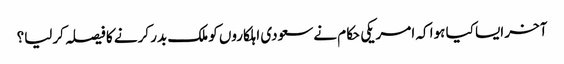
آخر ایسا کیا ہوا کہ امریکی حکام نےسعودی اہلکاروں کو ملک بدر کرنے کا فیصلہ کرلیا؟